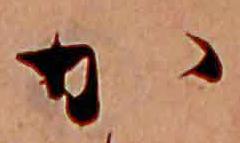
か